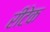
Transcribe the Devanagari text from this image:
रीटेक